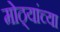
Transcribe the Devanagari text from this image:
मोठ्यांच्या